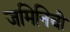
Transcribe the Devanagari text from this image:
जमिनिची